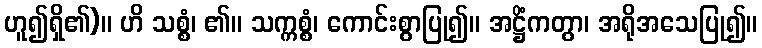
ဟူ၍ရှိ၏)။ ဟိ သစ္စံ၊ ၏။ သက္ကစ္စံ၊ ကောင်းစွာပြု၍။ အဋ္ဌိံကတွာ၊ အရိုအသေပြု၍။